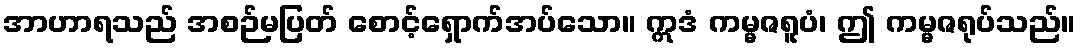
အာဟာရသည် အစဉ်မပြတ် စောင့်ရှောက်အပ်သော။ ဣဒံ ကမ္မဇရူပံ၊ ဤ ကမ္မဇရုပ်သည်။